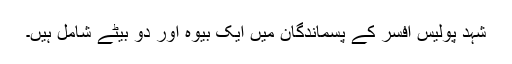
شہد پولیس افسر کے پسماندگان میں ایک بیوہ اور دو بیٹے شامل ہیں۔